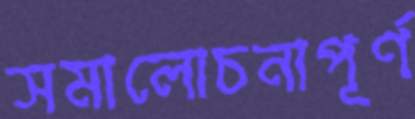
সমালোচনাপূর্ণ